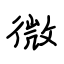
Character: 微